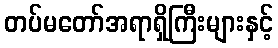
တပ်မတော်အရာရှိကြီးများနှင့်